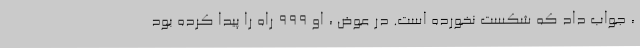
، جواب داد که شکست نخورده است. در عوض ، او 999 راه را پیدا کرده بود